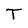
Character: T